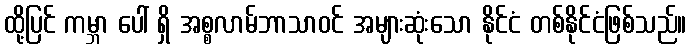
ထို့ပြင် ကမ္ဘာ ပေါ် ရှိ အစ္စလာမ်ဘာသာဝင် အများဆုံးသော နိုင်ငံ တစ်နိုင်ငံဖြစ်သည်။